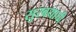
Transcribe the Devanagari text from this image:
सुरबयाची